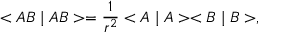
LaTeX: < A B \mid A B > = \frac 1 { r ^ { 2 } } < A \mid A > < B \mid B > ,